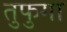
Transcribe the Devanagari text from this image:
तुफुगा